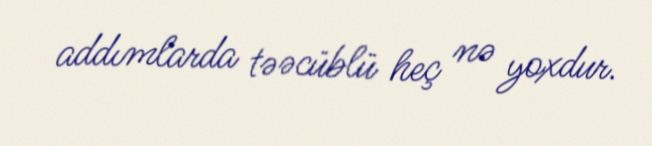
addımlarda təəcüblü heç nə yoxdur.